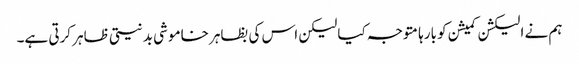
ہم نے الیکشن کمیشن کو بارہا متوجہ کیا لیکن اس کی بظاہر خاموشی بدنیتی ظاہر کرتی ہے۔